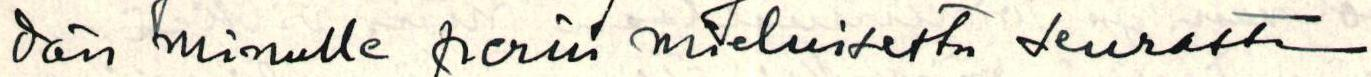
dän minulle perin mieluisesta seurasta